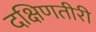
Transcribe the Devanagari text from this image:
दक्षिणतीरी